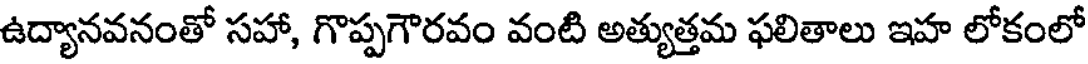
ఉద్యానవనంతో సహా, గొప్పగౌరవం వంటి అత్యుత్తమ ఫలితాలు ఇహ లోకంలో